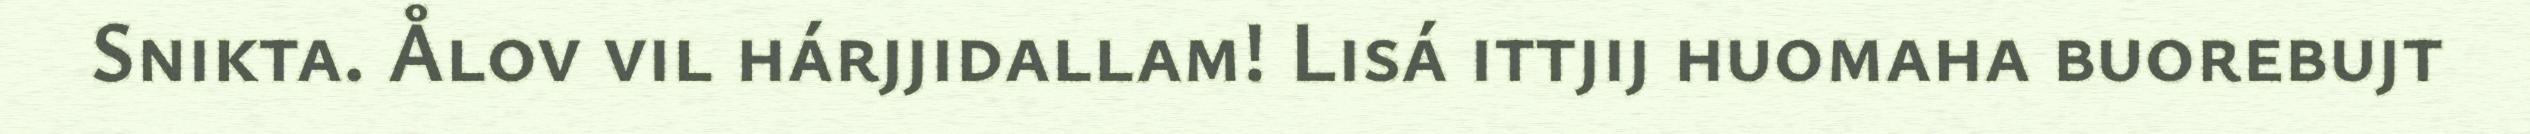
Snikta. Ålov vil hárjjidallam! Lisá ittjij huomaha buorebujt